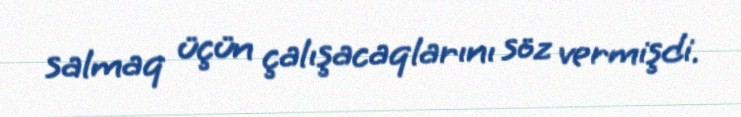
salmaq üçün çalışacaqlarını söz vermişdi.